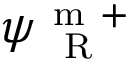
\psi _ { \mathrm { ~ \tiny ~ R ~ } } ^ { \mathrm { ~ m ~ + ~ } }